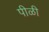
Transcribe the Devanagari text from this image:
पीळी